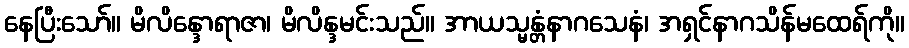
နေပြီးသော်။ မိလိန္ဒောရာဇာ၊ မိလိန္ဒမင်းသည်။ အာယသ္မန္တံနာဂသေနံ၊ အရှင်နာဂသိန်မထေရ်ကို။